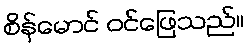
စိန်မောင် ဝင်ဖြေသည်။